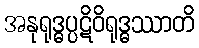
အနုရုဒ္ဓပ္ပဋိဝိရုဒ္ဓဿာတိ